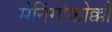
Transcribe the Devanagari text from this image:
मेनिंगोकोक्की